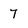
Character: 7